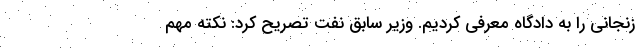
زنجانی را به دادگاه معرفی کردیم. وزیر سابق نفت تصریح کرد: نکته مهم